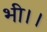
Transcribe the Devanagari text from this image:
भी।।